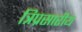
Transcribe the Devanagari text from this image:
त्रिप्रसारीय